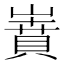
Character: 𡼝